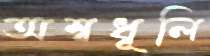
অশ্বধূলি